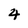
Character: 4